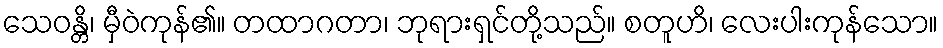
သေဝန္တိ၊ မှီဝဲကုန်၏။ တထာဂတာ၊ ဘုရားရှင်တို့သည်။ စတူဟိ၊ လေးပါးကုန်သော။